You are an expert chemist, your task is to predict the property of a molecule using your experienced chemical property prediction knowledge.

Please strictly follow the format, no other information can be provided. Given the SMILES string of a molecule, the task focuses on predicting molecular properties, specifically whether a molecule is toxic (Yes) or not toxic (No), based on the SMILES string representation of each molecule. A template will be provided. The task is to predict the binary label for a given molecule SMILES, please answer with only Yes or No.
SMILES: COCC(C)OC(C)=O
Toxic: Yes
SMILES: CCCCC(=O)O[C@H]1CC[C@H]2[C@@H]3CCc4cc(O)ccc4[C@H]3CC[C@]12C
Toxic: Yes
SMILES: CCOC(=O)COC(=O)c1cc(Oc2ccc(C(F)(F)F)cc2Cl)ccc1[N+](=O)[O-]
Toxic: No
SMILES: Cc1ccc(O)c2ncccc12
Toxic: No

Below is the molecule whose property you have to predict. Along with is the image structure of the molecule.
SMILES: O=C(O)c1cc(C(=O)O)c(C(=O)O)cc1C(=O)O
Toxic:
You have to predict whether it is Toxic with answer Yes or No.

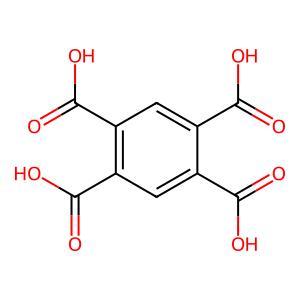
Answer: No